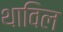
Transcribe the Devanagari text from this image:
थाविल